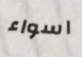
اسواء